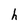
Character: h